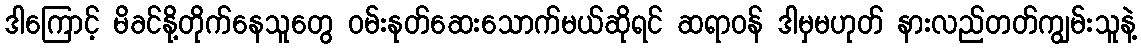
ဒါကြောင့် မိခင်နို့တိုက်နေသူတွေ ဝမ်းနုတ်ဆေးသောက်မယ်ဆိုရင် ဆရာဝန် ဒါမှမဟုတ် နားလည်တတ်ကျွမ်းသူနဲ့